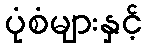
ပုံစံများနှင့်